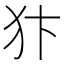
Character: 犿